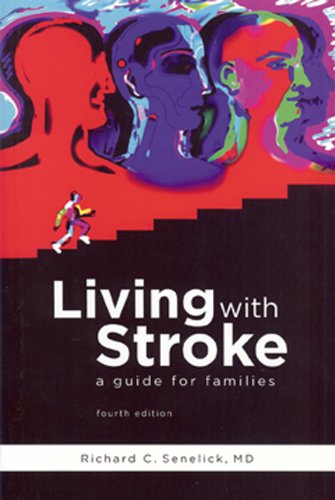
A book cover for Living With Stroke: A Guide for Families; Richard C. Senelick  MD; Health, Fitness & Dieting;